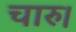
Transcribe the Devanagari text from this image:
चारु।